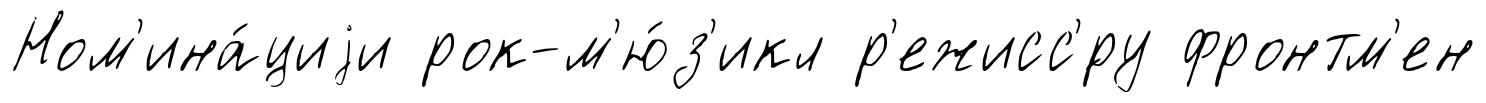
Ном'ина́циjи рок-м'ю́з'икл р'ежисс'́ру фронтм'ен